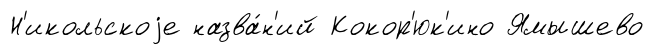
Н'икольскоjе назва́н'ий Кокор'юк'ино Ямышево